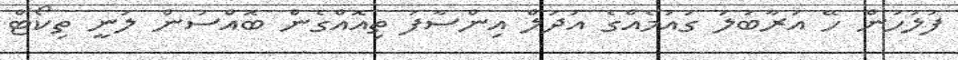
ފުލުހުން ހޭ އަރާބަލަ ގައުމެއްގެ އަދުލް އިންސާފު ތިއޮއްގެން ބޮއްސުން ލަނީ ތިކޯޓް